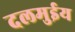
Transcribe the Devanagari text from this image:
दलमुईय